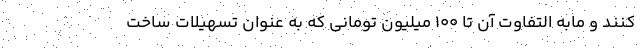
کنند و مابه التفاوت آن تا 100 میلیون تومانی که به عنوان تسهیلات ساخت